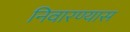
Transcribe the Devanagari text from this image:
निवारण्यास